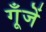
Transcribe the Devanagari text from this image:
गूँजें